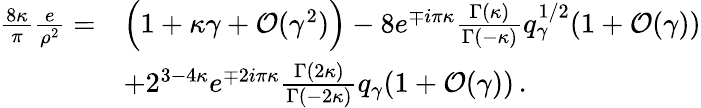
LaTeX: \begin{array}{rl}{\frac{8\kappa}{\pi}\frac{e}{\rho^{2}}=}&{\Big(1+\kappa\gamma+\mathcal{O}(\gamma^{2})\Big)-8e^{\mp i\pi\kappa}\frac{\Gamma(\kappa)}{\Gamma(-\kappa)}q_{\gamma}^{1/2}(1+\mathcal{O}(\gamma))}\\ &{+2^{3-4\kappa}e^{\mp 2i\pi\kappa}\frac{\Gamma(2\kappa)}{\Gamma(-2\kappa)}q_{\gamma}(1+\mathcal{O}(\gamma))\, .}\end{array}